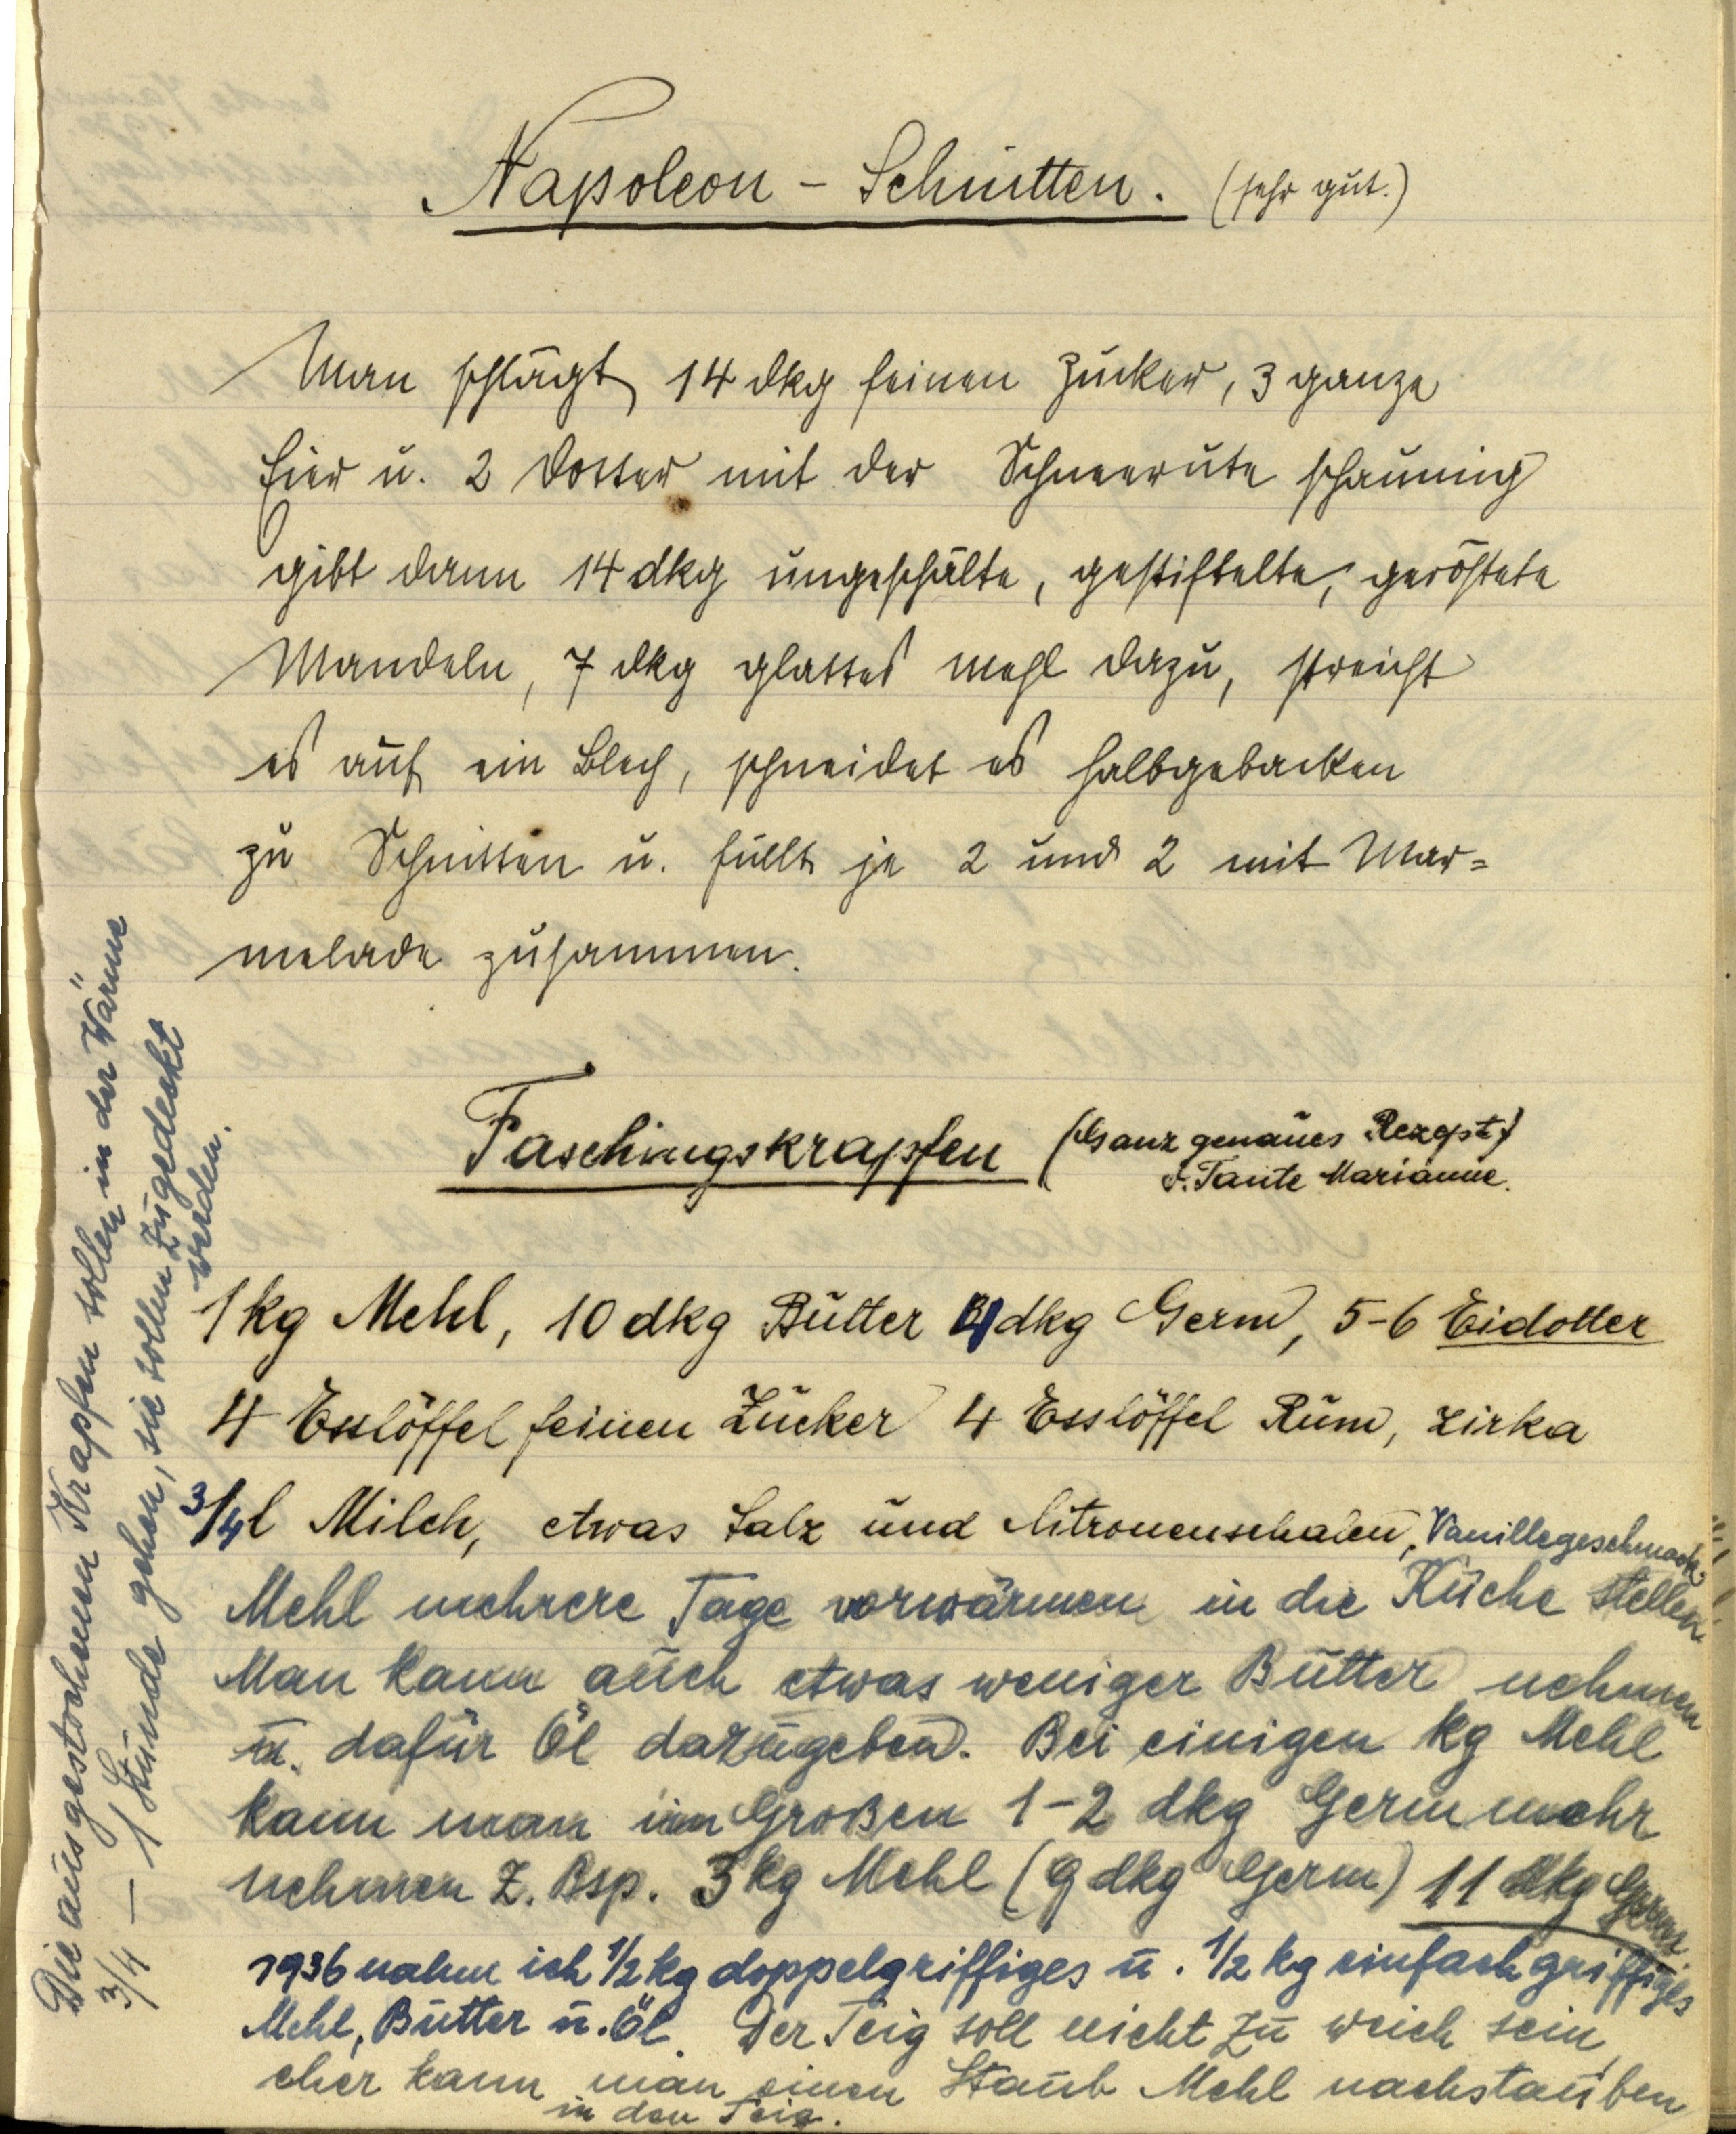
Napoleon — Schnitten. (sehr gut.)

Man schlägt 14 dkg feinen Zucker, 3 ganze
Eier u. 2 Dotter mit der Schneerute schaumig
gibt dann 14 dkg ungeschälte, gestiftelte, geröstete
Mandeln, 7 dkg glattes Mehl dazu, streicht
es auf ein Blech, schneidet es halbgebacken
zu Schnitten u. füllt je 2 und 2 mit Mar¬
melade zusammen.

Die ausgestochenen Krapfen sollen in der Wärme
¾ — 1 Stunde gehen, sie sollen zugedeckt
werden.

Faschingskrapfen

(Ganz genaues Rezept
v. Tante Marianne.)

1 kg Mehl, 10 dkg Butter 4 dkg Germ, 5-6 Eidotter
4 Esslöffel feinen Zucker 4 Esslöffel Rum, zirka
¾ l Milch, etwas Salz und Citronenschalen, Vanillegeschmack
Mehl mehrere Tage vorwärmen in die Küche stellen
Man kann auch etwas weniger Butter nehmen
u. dafür Öl dazugeben. Bei einigen kg Mehl
kann man im Großen 1-2 dkg Germ mehr
nehmen Z. Bsp. 3 kg Mehl (9 dkg Germ) 11 dkg Germ.
1936 nahm ich ½ kg doppelgriffiges u. ½ kg einfachgriffiges
Mehl, Butter u. Öl. Der Teig soll nicht zu weich sein
eher kann man einen Staub Mehl nachstauben
in den Teig.